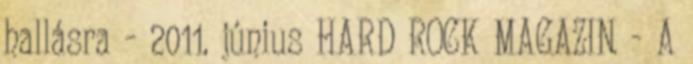
hallásra - 2011. június HARD ROCK MAGAZIN - A